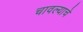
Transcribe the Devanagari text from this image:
चावल्याचे